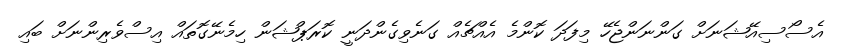
އެސޯސިއޭޝަނަށް ގަންނަންޖެހޭ މިފަދަ ކޮންމެ އެއްޗެއް ގަނެވިގެންދަނީ ކޮރަޕްޝަން ހިމެނޭގޮތައް އިސްވެރިންނަށް ބައި